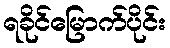
ရခိုင်မြောက်ပိုင်း